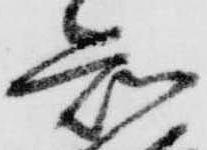
知